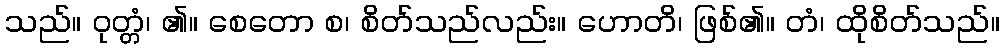
သည်။ ဝုတ္တံ၊ ၏။ စေတော စ၊ စိတ်သည်လည်း။ ဟောတိ၊ ဖြစ်၏။ တံ၊ ထိုစိတ်သည်။